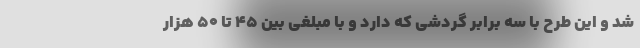
شد و این طرح با سه برابر گردشی که دارد و با مبلغی بین ٤٥ تا ٥٠ هزار